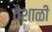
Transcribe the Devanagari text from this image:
वैशाळी